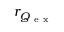
r _ { Q _ { \mathrm { ~ e ~ x ~ } } }